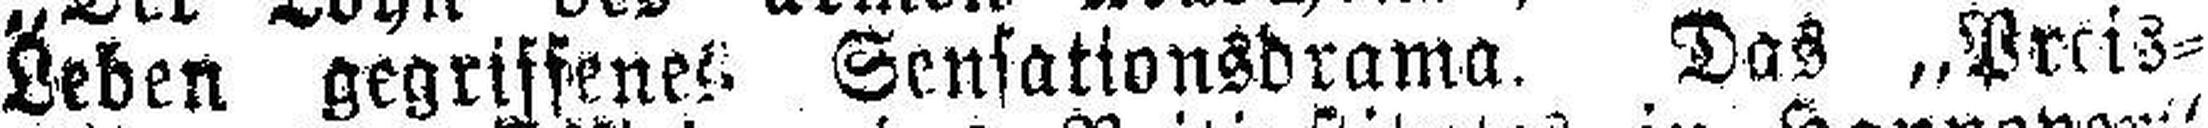
Leben gegriffenes. Sensationsdrama. Das „Preis¬